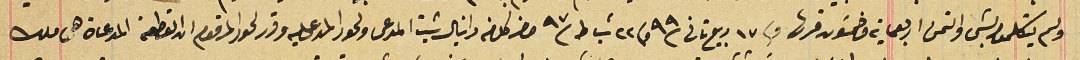
ولم يتكلمو بشى والتمن اربعماية وخمسَون قرش وفى ١٧ ربيع تانى سنة ٩٩ وفى ٢٢ شباط سنة ٩٧ حضر كل من دانيال شيت المدعى ولحود المدعى عليه وقرر لحود المرقوم ان القطعة المدعاة هى ملك